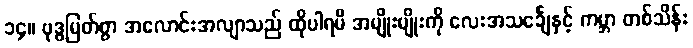
၁၄။ ဗုဒ္ဓမြတ်စွာ အလောင်းအလျာသည် ထိုပါရမီ အမျိုးမျိုးကို လေးအသင်္ချေနှင့် ကမ္ဘာ တစ်သိန်း